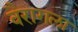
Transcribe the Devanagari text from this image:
वैरागला